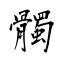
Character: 髑